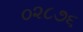
૦૨૮૭૬